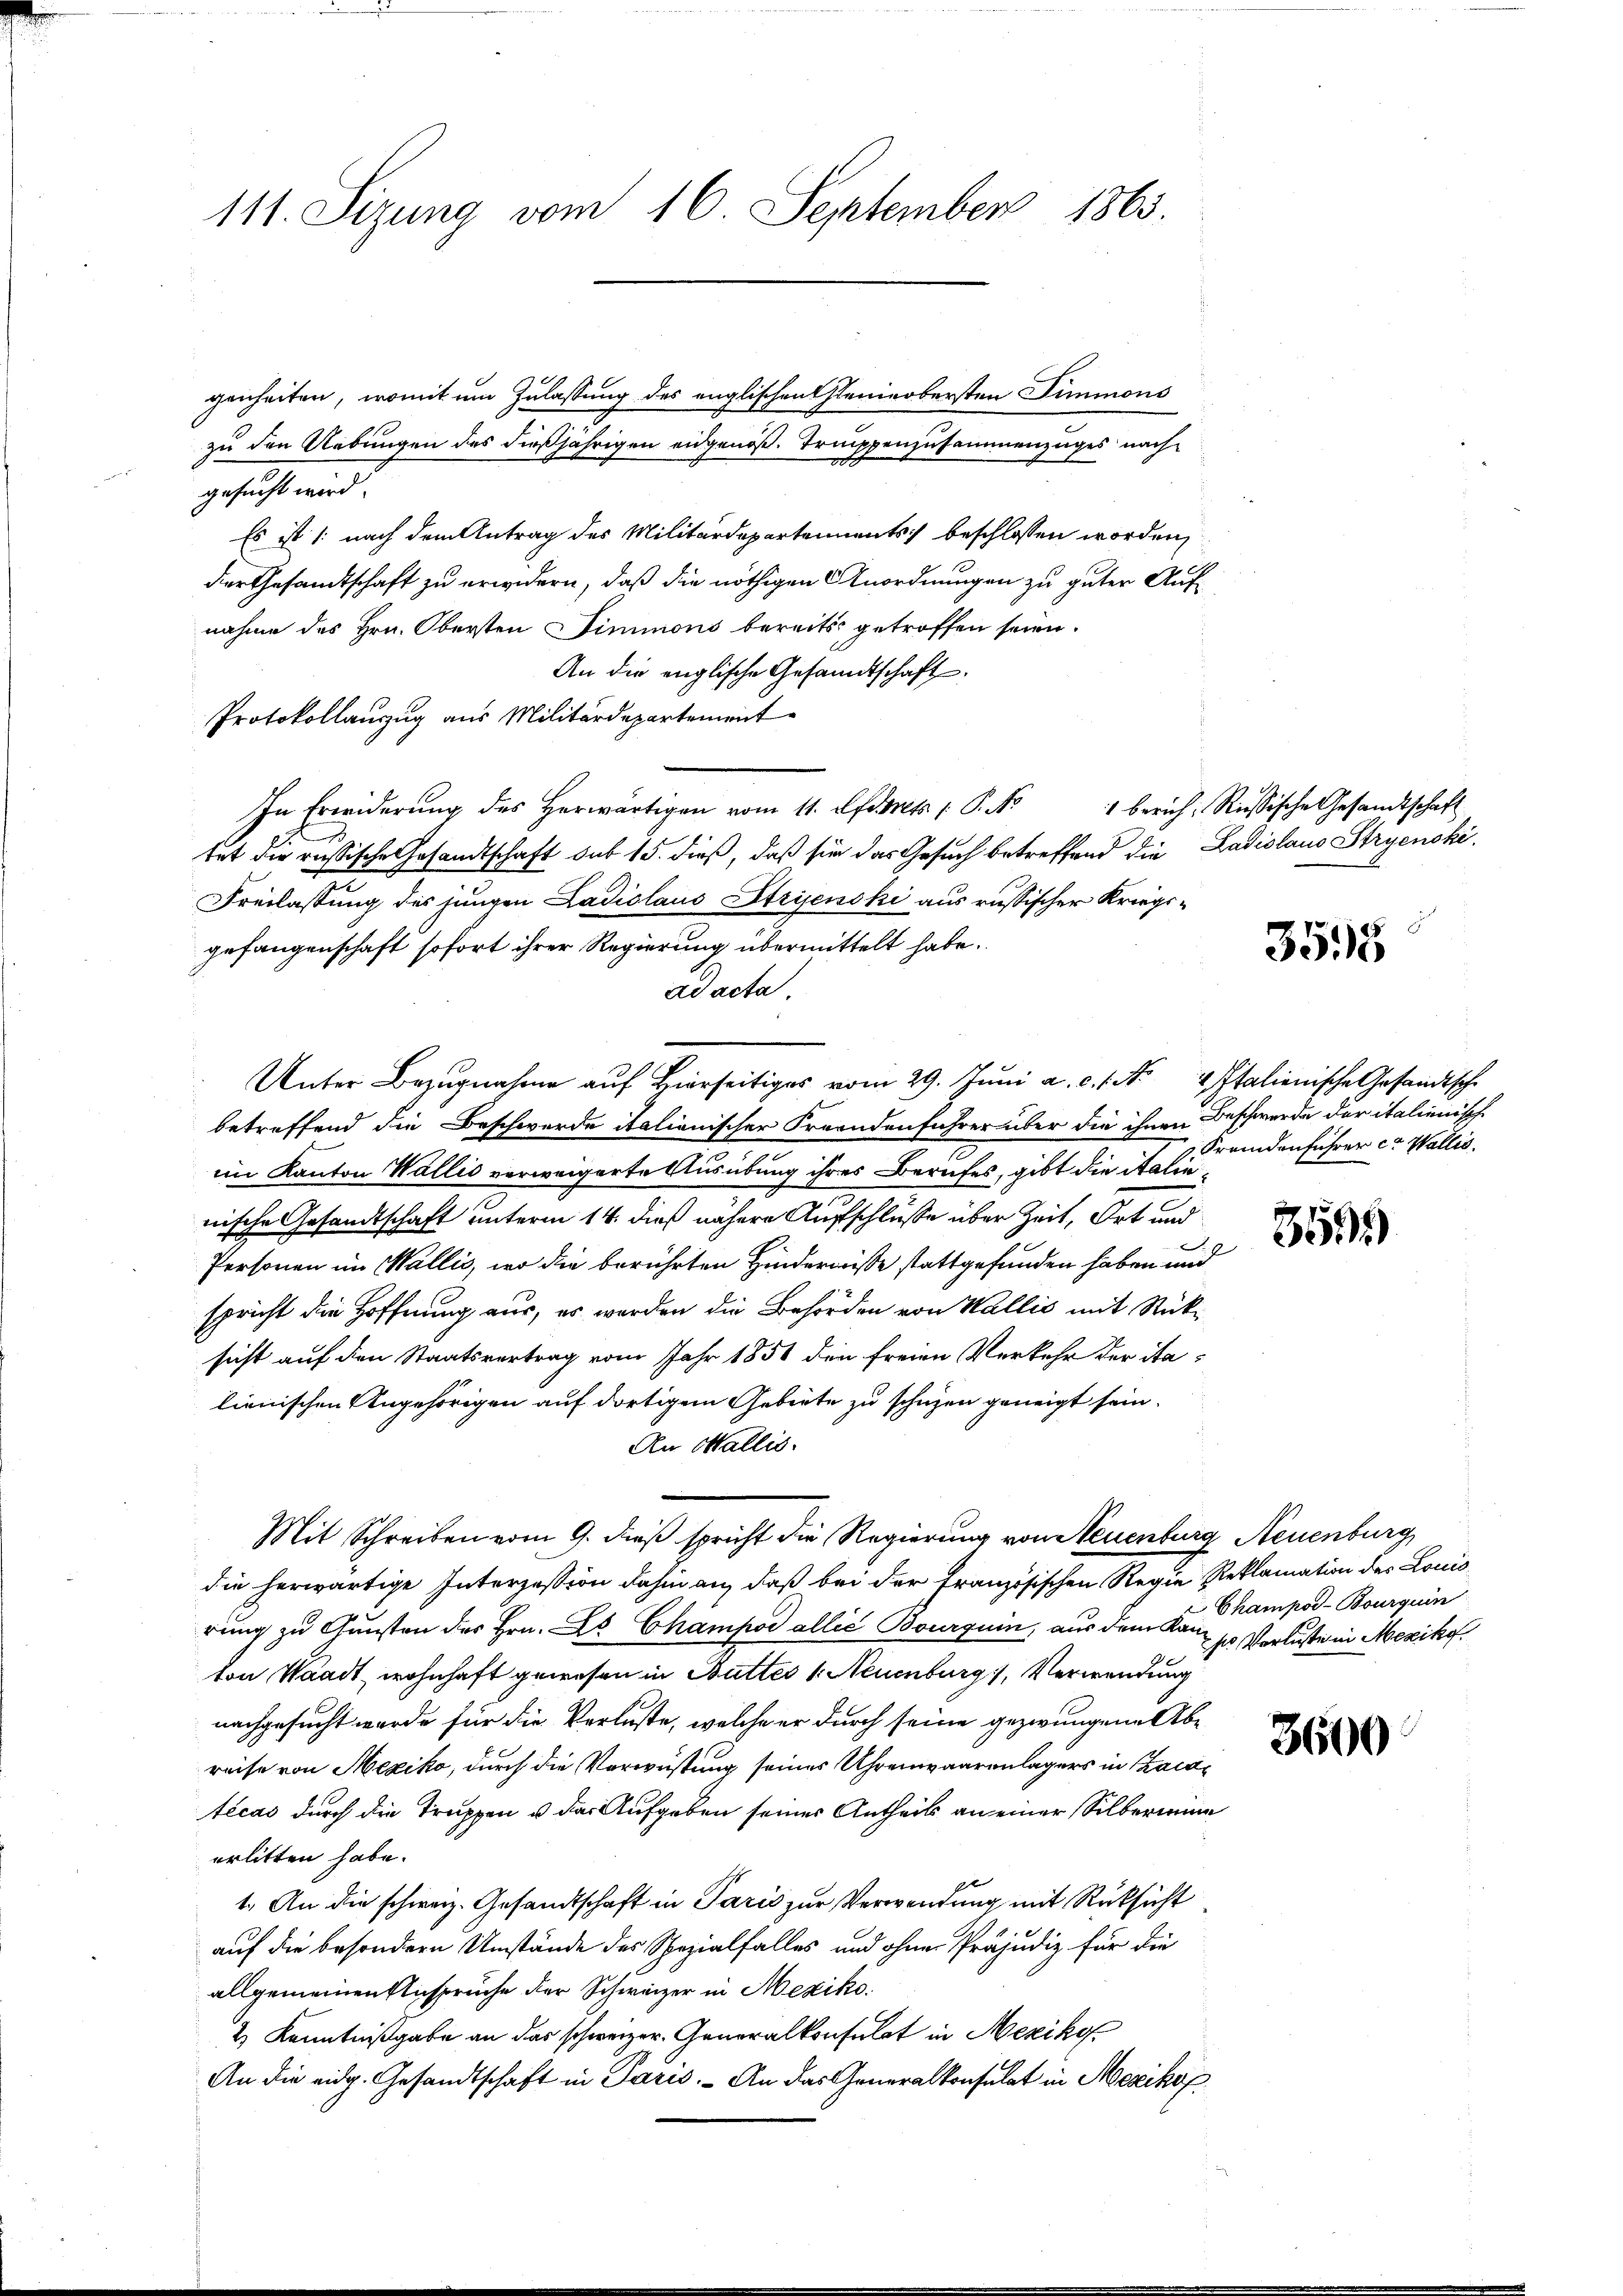
111. Sizung vom 16. September 1863.

genheiten, womit um Zulassung des englischen Genieobersten Dimmons
zu den Uebungen des dießjährigen eidgenöß. Truppenzusammenzuges nach
gesetzt und
Es ist /: nach dem Antrag des Militärdepartements beschlossen worden,
der Gesandtschaft zu erwidern, daß die nöthigen Anordnungen zu guter Aufnahme des Hrn. Obersten Simmons bereits getroffen seien.
An die englische Gesandtschaft
Protokollauszug aus Militärdepartement
In Erwiderŭng des herwärtigen vom 11. Oftots /: P. Nr. 1 berich, Russische Gesandtschaft
tet die russische Gesandtschaft sub 15. dieß, daß sie das Gesuch betreffend die Ladislaus Stryenski¬
Freilassung des jungen Ladislaus Stryjenski aus russischer Kriegs-
gefangenschaft sofort ihrer Regierung übermittelt habe.
ad acta.
Unter Bezugnahme auf Hierseitiges vom 29. Juni a. c. 1. No 4 Italienische Gesandtsche
betreffend die Beschwerde italionischer Fraendenführer über die ihnen Beschwerde der italienisch
im Kanton Wallis verweigerte Ausübung ihres Berufes, gibt die italienische Gesandtschaft unterm 14. dieß nähere Aufschlüße über Zeit, Ort und
Personen im Wallis, wo die berührten Hindernisse stattgefunden haben und
spricht die Hoffnung aus, es werden die Behörden von Wallis mit Stücksicht auf den Staatsvertrag vom Jahr 1851 den freien Verkehr der italienischen Angehörigen auf dortigem Gebiete zu schüzen geneigt sein.
An Wallis.
Mit Schreiben vom 9. dieß spricht die Regierung von Neuenburg Neuenburg
die herwärtige Interzession dahin an, daß bei der Französischen Regie Reklamation des Louis
rung zu Gunsten des Hrn. Es Champod allié Bourquin, aus dem Kann so Verlustein Mexikovon Waadt, wohnhaft gewesen in Butter 1. Neuenburg, Verwendung
nachgesucht wurde für die Verluste, welche er durch seine gezwungene Abe
reise von Mexiko, durch die Vorwüstung seines Uhrenwaarenlagers in acatécas durch die Truppen u das Aufgeben seines Antheils an einer Silbermine
erlitten habe.
1. An die schweiz. Gesandtschaft in Paris zur Verwendung mit Rücksicht
auf die besondern Umstände des Spezialfalles und ohne Präjudiz für die
allgemeinen Anspruche der Schweizer in Mexiko¬
2) Kenntnißgabe an das schweizer. Generalkonsulat in Mexikof
An die eidg. Gesandtschaft in Paris. An das Generalkonsulat in Mexikof

3515

Fremdenführer et Wallis.

359)

Champor-Bourquin

3600